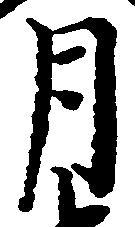
月